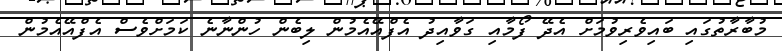
މުބާރާތުގައި ބައިވެރިވުމަށް އެދޭ ފޯމާއި ގަވާއިދު އެފްއޭއެމުން ލިބެން ހުންނާނެ ކަމަށްވެސް އެފްއޭއެމުން